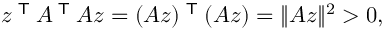
z ^ { \textsf { T } } A ^ { \textsf { T } } A z = ( A z ) ^ { \textsf { T } } ( A z ) = \| A z \| ^ { 2 } > 0 ,